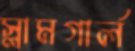
স্লামগার্ল